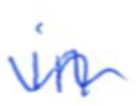
Text: in
Cross-out: wave
Writing tool: ballpoint